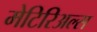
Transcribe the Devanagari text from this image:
मेटिरिअल्स